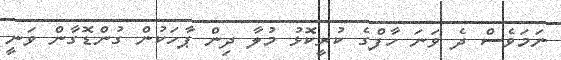
ނަމަވެސް ދެ ވަނަ ހާފްގެ ކުރީކޮޅު މުލާ ދިން ޕާހަކުން ގުންޑޮގާން ވަނީ